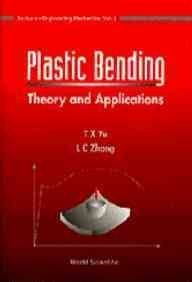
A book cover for Plastic Bending: Theory and Applications (Series in Intelligent Control and Intelligent Automation); T. X. Yu; Engineering & Transportation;